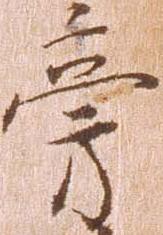
旁